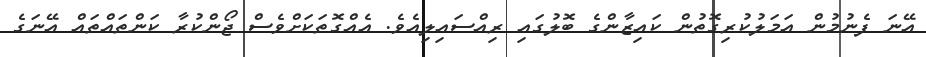
އޭނަ ފެނުމުން އަމަލުކުރިގޮތުން ކައިޒާންގެ ބޮލުގައި ރިއްސައިލިއެވެ. އެއްގޮތަކަށްވެސް ޖޯންކުރާ ކަންތައްތައް އޭނަގެ